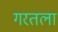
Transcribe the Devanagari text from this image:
गरतला